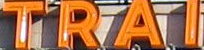
TRAI